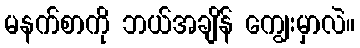
မနက်စာကို ဘယ်အချိန် ကျွေးမှာလဲ။